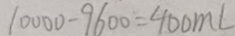
1 0 0 0 0 - 9 6 0 0 = 4 0 0 m l